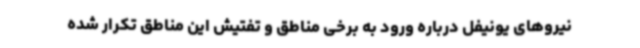
نیروهای یونیفل درباره ورود به برخی مناطق و تفتیش این مناطق تکرار شده